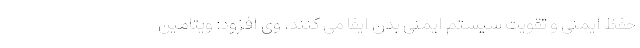
حفظ ایمنی و تقویت سیستم ایمنی بدن ایفا می کنند. وی افزود: ویتامین